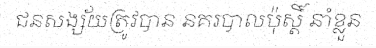
ជនសង្ស័យត្រូវបាន នគរបាលប៉ុស្តិ៍ នាំខ្លួន